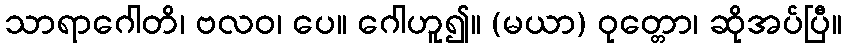
သာရာဂေါတိ၊ ဗလဝ၊ ပေ။ ဂေါဟူ၍။ (မယာ) ဝုတ္တော၊ ဆိုအပ်ပြီ။